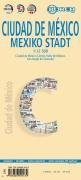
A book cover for Laminated Mexico City Map by Borch (English Edition); Borch; Travel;